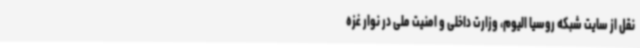
نقل از سایت شبکه روسیا الیوم، وزارت داخلی و امنیت ملی در نوار غزه